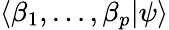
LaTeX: \langle\beta_{1},\dots,\beta_{p}|\psi\rangle